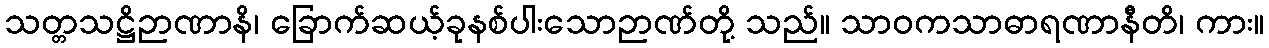
သတ္တသဋ္ဌိဉာဏာနိ၊ ခြောက်ဆယ့်ခုနစ်ပါးသောဉာဏ်တို့ သည်။ သာဝကသာဓာရဏာနီတိ၊ ကား။